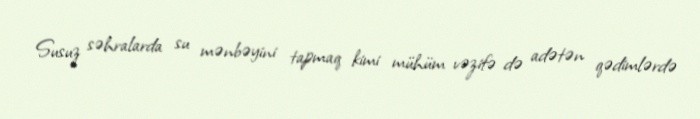
Susuz səhralarda su mənbəyini tapmaq kimi mühüm vəzifə də adətən qədimlərdə